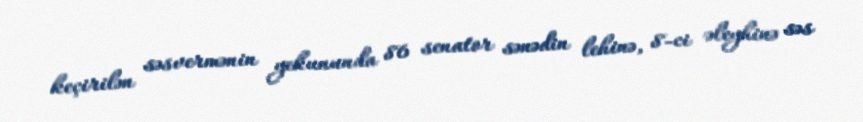
keçirilən səsvermənin yekununda 86 senator sənədin lehinə, 8-ci əleyhinə səs